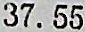
37.55